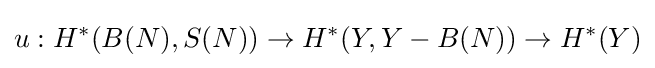
u:H^{*}(B(N),S(N))\to H^{*}(Y,Y-B(N))\to H^{*}(Y)